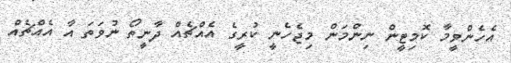
އެހެންވީމާ ކޮމިޓީން ނިންމަން މިޖެހެނީ ކުރީގެ އެއްޗެއް ދާނީތޯ ނުވަތަ އާ އެއްޗެއް